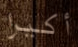
أكيرا